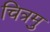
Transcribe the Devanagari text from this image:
चित्रमु